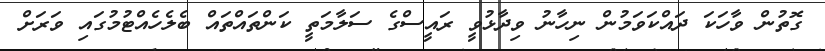
ގޮތުން ވާހަކަ ދައްކަވަމުން ނިހާނު ވިދާޅުވީ ރައީސްގެ ސަލާމަތީ ކަންތައްތައް ބެލެހެއްޓުމުގައި ވަރަށް